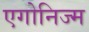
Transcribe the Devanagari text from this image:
एगोनिज्म